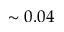
\sim 0 . 0 4